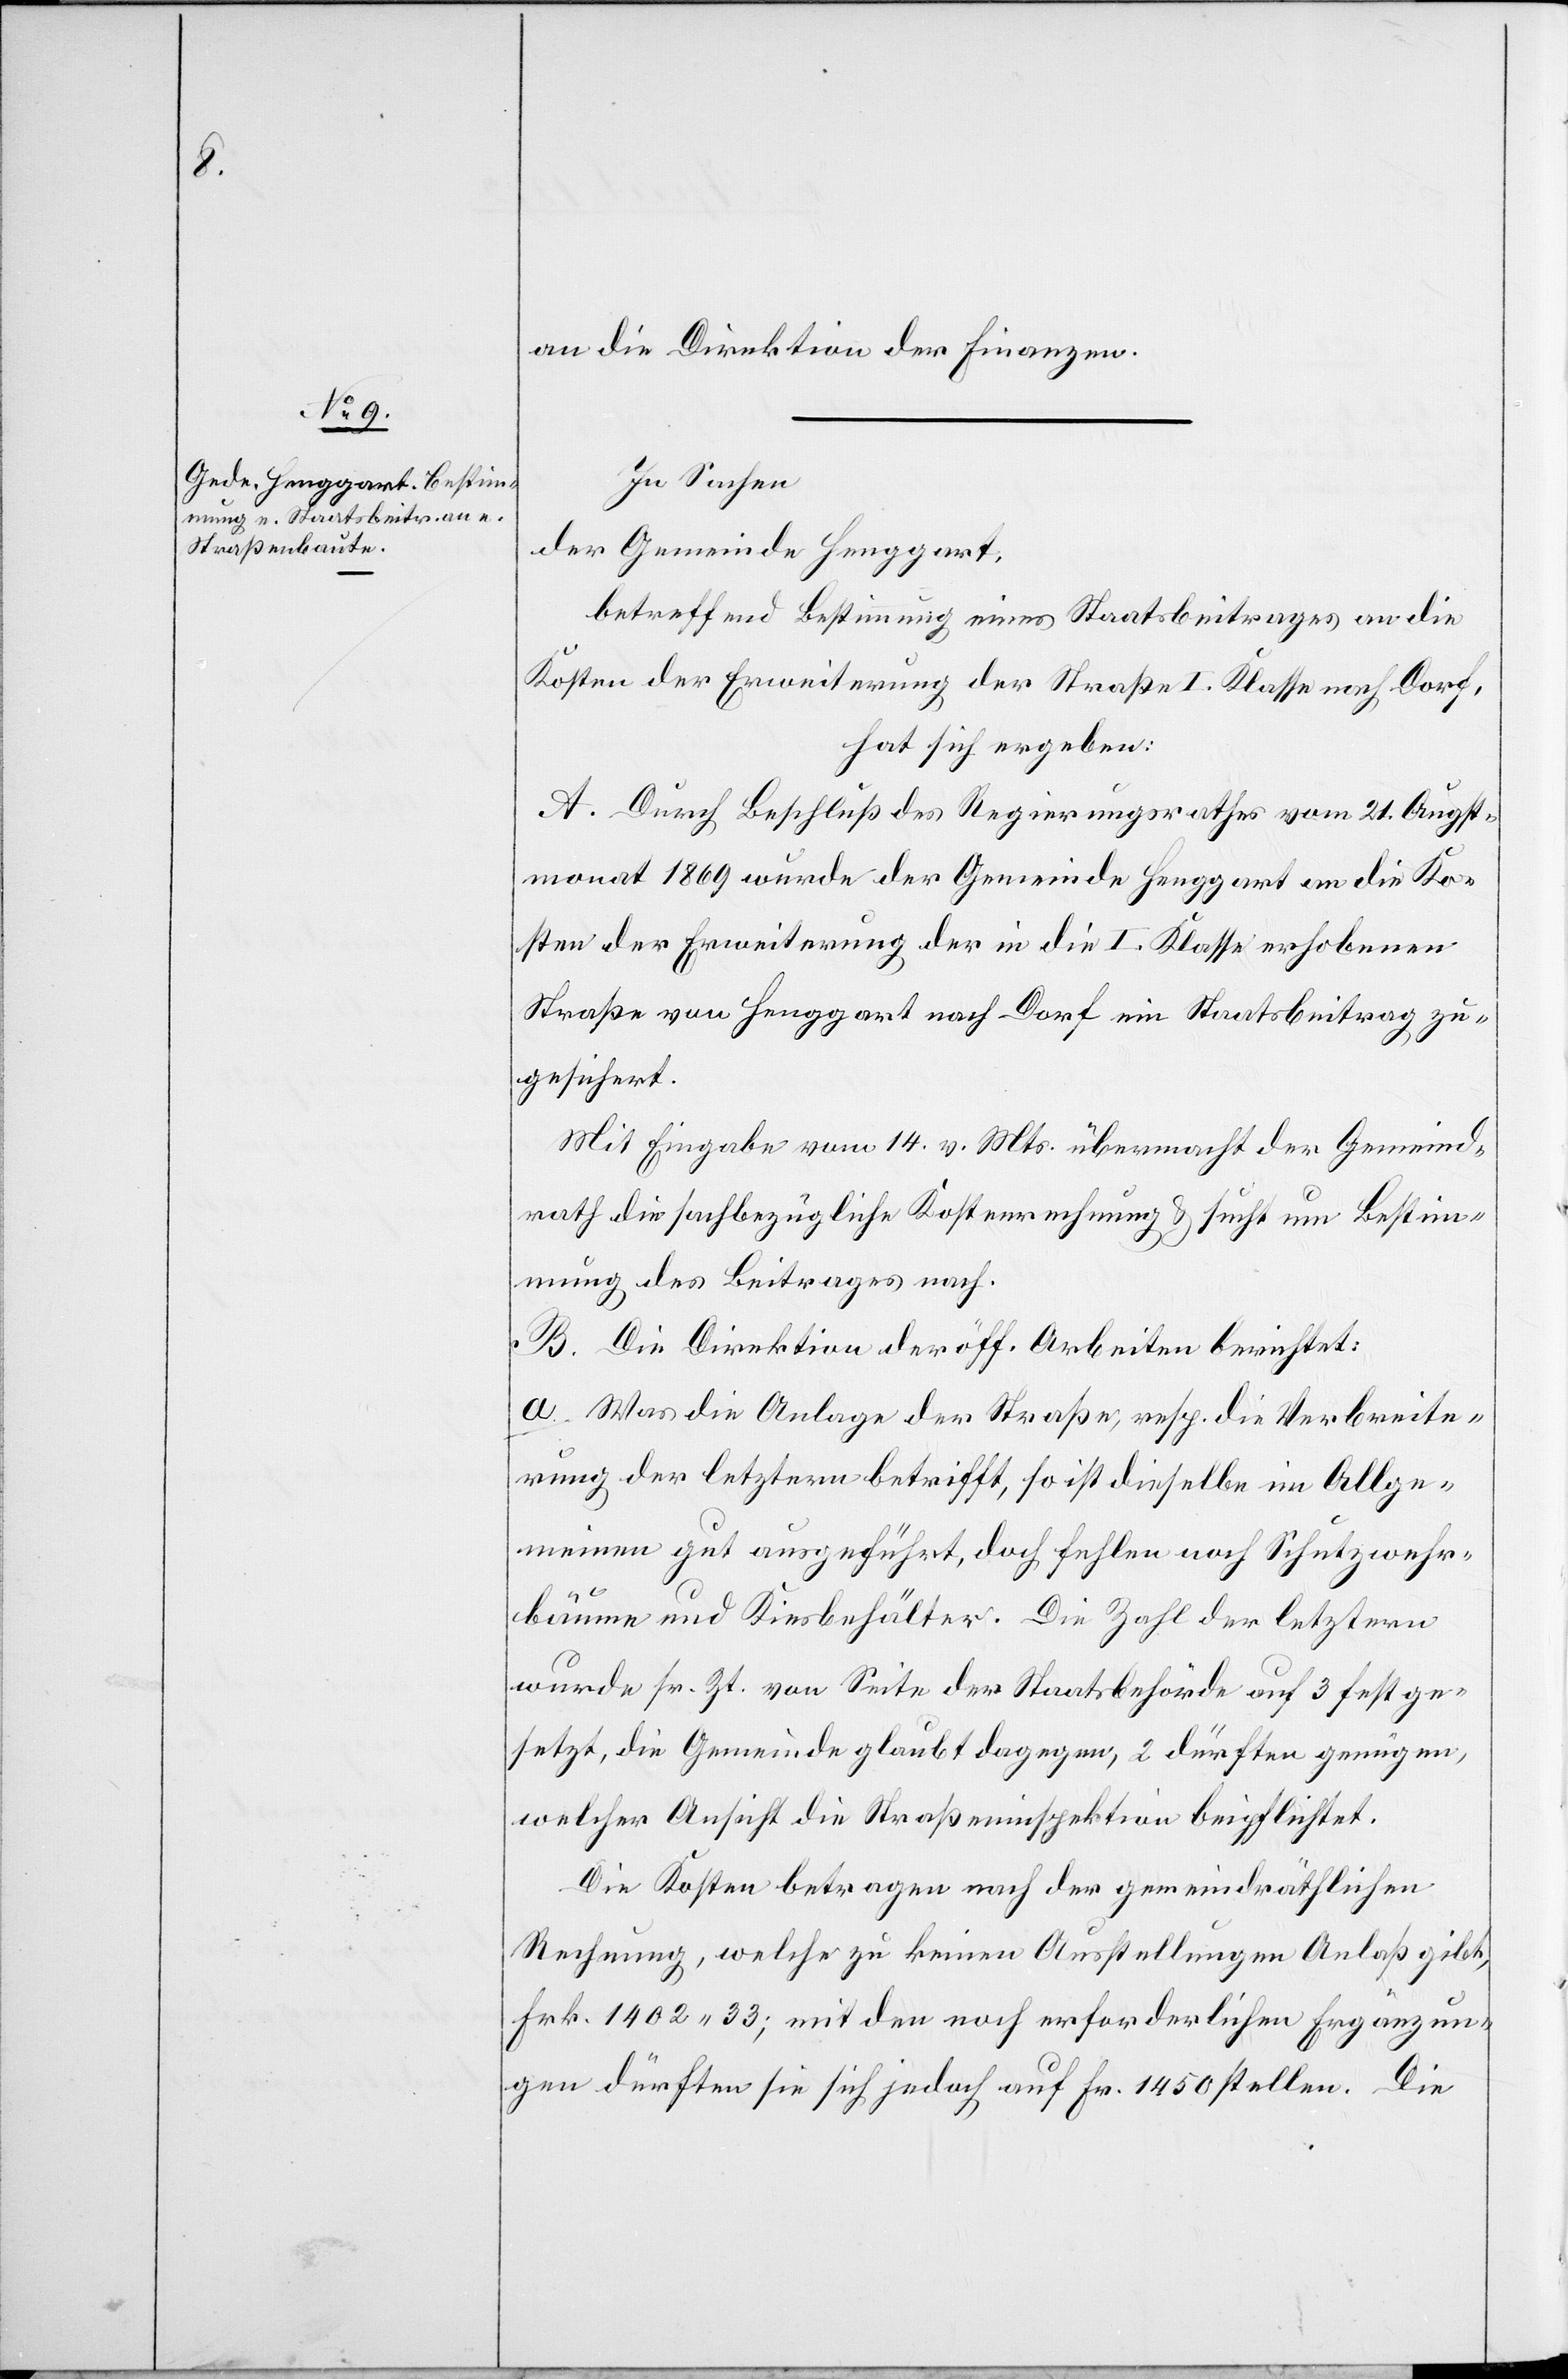
an die Direktion der Finanzen.
In Sachen
der Gemeinde Henggart,
betreffend Bestimmung eines Staatsbeitrages an die
Kosten der Erweiterung der Straße I. Klasse nach Dorf,
hat sich ergeben:
A. Durch Beschluß des Regierungsrathes vom 21. Augst¬
monat 1869 wurde der Gemeinde Henggart an die Ko¬
sten der Erweiterung der in die I. Klasse erhobenen
Straße von Henggart nach Dorf ein Staatsbeitrag zu¬
gesichert.
Mit Eingabe vom 14. v. Mts. übermacht der Gemeind¬
rath die sachbezügliche Kostenrechnung u. sucht um Bestim¬
mung des Beitrages nach.
B. Die Direktion der öff. Arbeiten berichtet:
a. Was die Anlage der Straße, resp. die Verbreite¬
rung der letztern betrifft, so ist dieselbe im Allge¬
meinen gut ausgeführt, doch fehlen noch Schutzwehr¬
bäume und Kiesbehälter. Die Zahl der letztern
wurde sr. Zt. von Seite der Staatsbehörde auf 3 festge¬
setzt, die Gemeinde glaubt dagegen, 2 dürften genügen,
welcher Ansicht die Straßeninspektion beipflichtet.
Die Kosten betragen nach der gemeindräthlichen
Rechnung, welche zu keinen Ausstellungen Anlaß gibt,
Frk. 1402.33; mit den noch erforderlichen Ergänzun¬
gen dürften sie sich jedoch auf Fr. 1450 stellen. Die